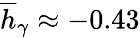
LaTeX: \overline{{h}}_{\gamma}\approx-0.43